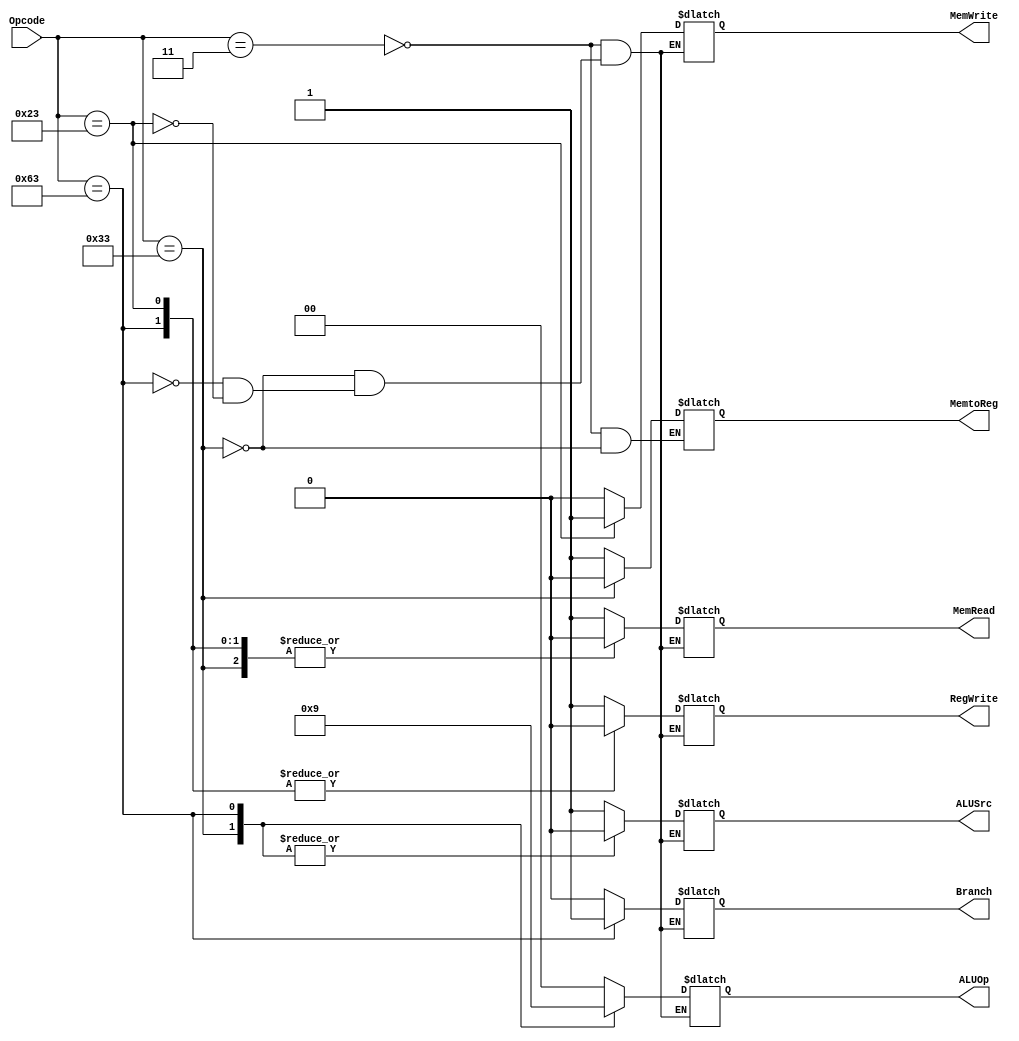
module control_unit
(
	input [6:0] Opcode,
	output reg [1:0] ALUOp,
	output reg Branch, MemRead, MemtoReg, MemWrite, ALUSrc, RegWrite
);

	always @ (*)
	begin
		case(Opcode)
			7'b0000011 : begin
							//$display("MemRead Opcode = %b", Opcode);
							Branch = 0;
							MemRead = 1;
							MemtoReg = 1;
							ALUOp = 00;
							MemWrite = 0;
							ALUSrc = 1;
							RegWrite = 1;
			end
			7'b0110011 : begin
							//$display("RegWrite Opcode = %b", Opcode);
							Branch = 0;
							MemRead = 0;
							MemtoReg = 0;
							ALUOp = 10;
							MemWrite = 0;
							ALUSrc = 0;
							RegWrite = 1;
			end
			7'b1100011 : begin
							//$display("Branch Opcode = %b", Opcode);
							Branch = 1;
							MemRead = 0;
							ALUOp = 01;
							MemWrite = 0;
							ALUSrc = 0;
							RegWrite = 0;
			end
			7'b0100011 : begin
							//$display("MemWrite Opcode = %b", Opcode);
							Branch = 0;
							MemRead = 0;
							ALUOp = 00;
							MemWrite = 1;
							ALUSrc = 1;
							RegWrite = 0;
			end
		endcase
	end
			
endmodule